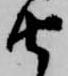
由